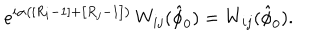
LaTeX: e ^ { i \alpha \left( \left[ R _ { i } - 1 \right] + \left[ R _ { j } - 1 \right] \right) } \, W _ { i j } ( \hat { \phi } _ { 0 } ) = W _ { i j } ( \hat { \phi } _ { 0 } ) .